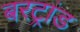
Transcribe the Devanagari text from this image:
बरट्रांड